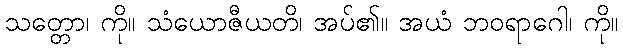
သတ္တော၊ ကို။ သံယောဇီယတိ၊ အပ်၏။ အယံ ဘဝရာဂေါ၊ ကို။